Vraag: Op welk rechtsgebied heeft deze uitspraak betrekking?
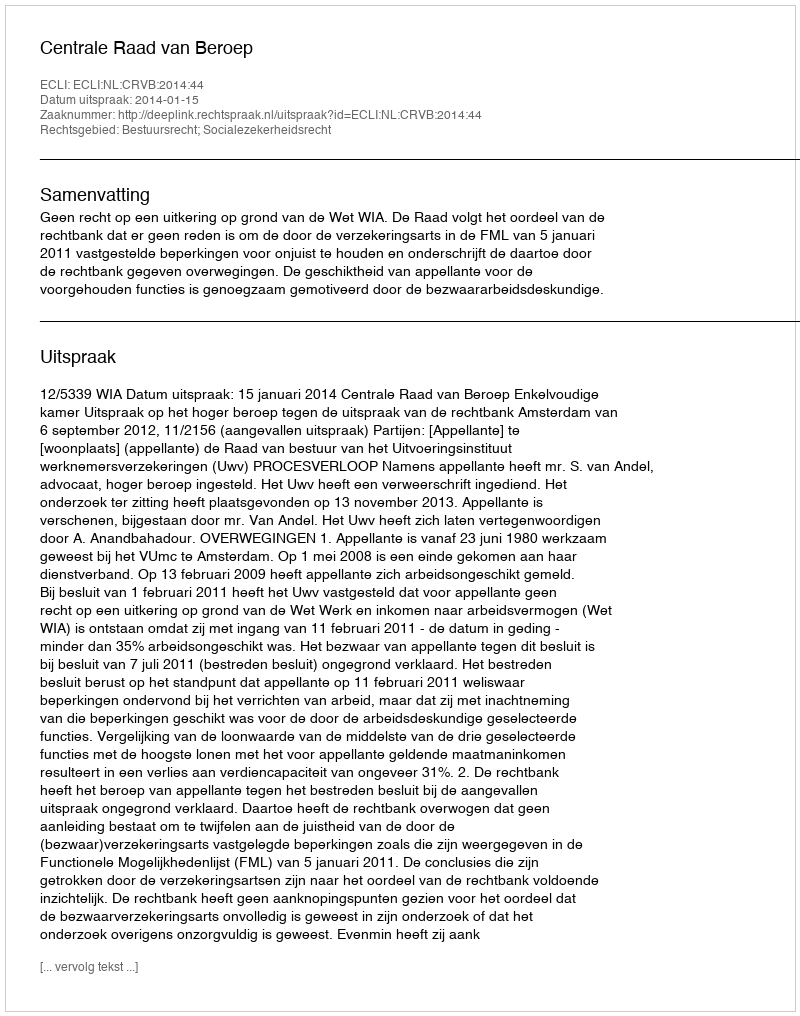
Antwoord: Bestuursrecht; Socialezekerheidsrecht